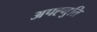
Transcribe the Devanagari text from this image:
अपह्नुति